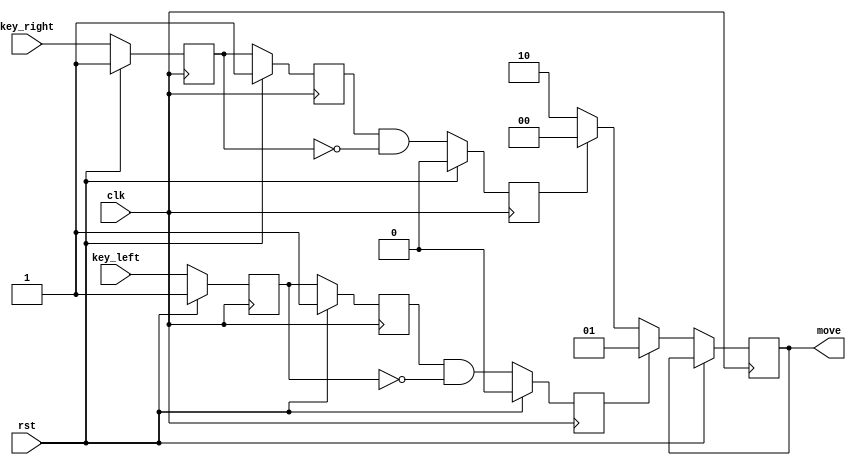
module controls
(
	input clk,
	input rst,
	input key_left,
	input key_right,
	output reg [1:0] move
);

/*
	move = 0, if key_right is pressed (move down the plane),
	move = 1, if key_left is pressed (move up the plane),
	move = 2, if the action is undefined.
*/

reg key_left_r;
reg key_left_rr;
reg key_right_r;
reg key_right_rr;
reg left_pushed;
reg right_pushed;

always @(posedge clk)
begin
	if (rst)
	begin
		key_left_r   <= 1;
		key_left_rr  <= 1;
		key_right_r  <= 1;
		key_right_rr <= 1;
		left_pushed  <= 0;
		right_pushed <= 0;
	end
	else
	begin
		key_left_r   <= key_left;
		key_left_rr  <= key_left_r;
		key_right_r  <= key_right;
		key_right_rr <= key_right_r;

		left_pushed  <= key_left_rr  & ~key_left_r;
		right_pushed <= key_right_rr & ~key_right_r;

		if (left_pushed)
			move <= 2'd1;
		else
			if (right_pushed)
				move <= 2'd0;
			else
				move <= 2'd2;
	end
end

endmodule